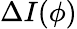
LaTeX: \Delta I(\phi)